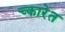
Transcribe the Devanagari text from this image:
च्कारेत